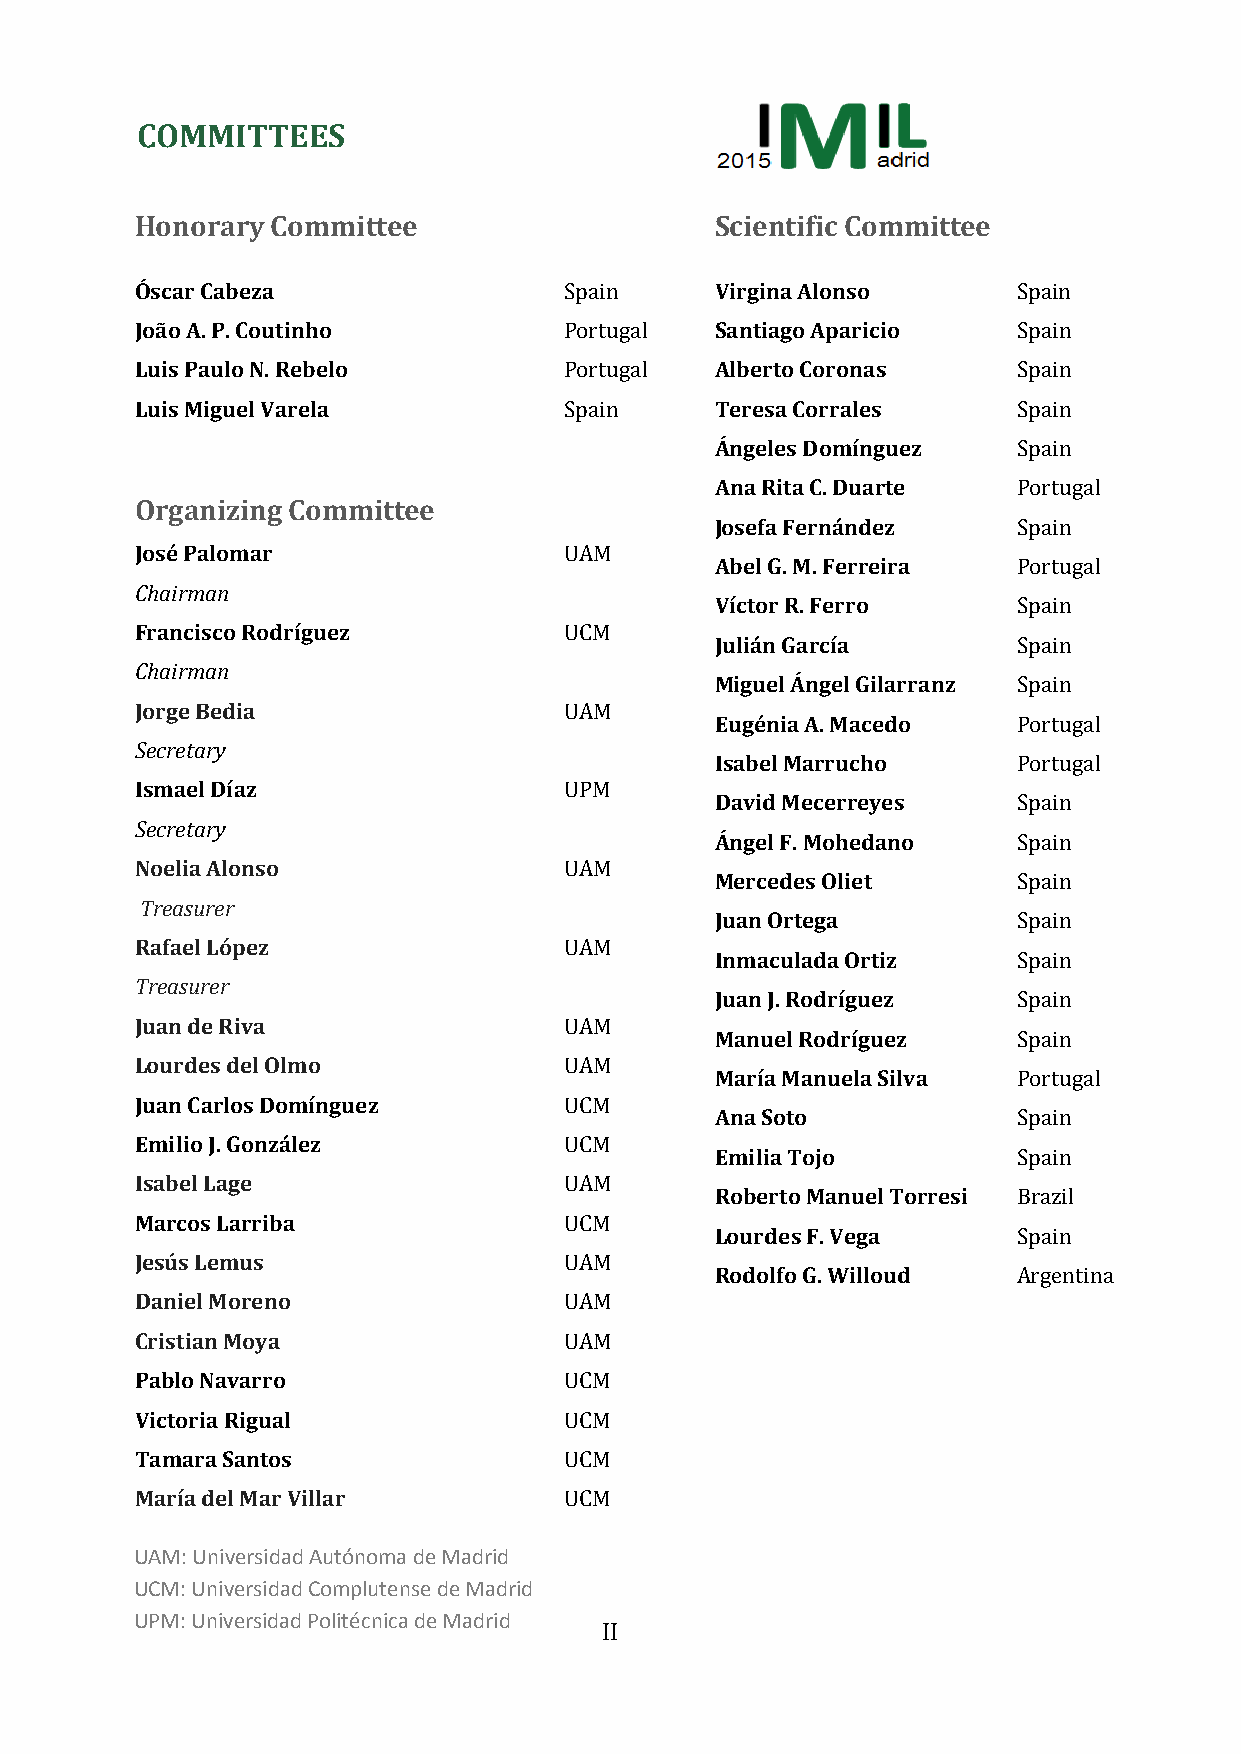
COMMITTEES
 Honorary Committee                    Scientific Committee
 Óscar Cabeza                Spain     Virgina Alonso      Spain
 João A. P. Coutinho         Portugal  Santiago Aparicio   Spain
 Luis Paulo N. Rebelo        Portugal  Alberto Coronas     Spain
 Luis Miguel Varela          Spain     Teresa Corrales     Spain
 Ángeles Domínguez   Spain
 Ana Rita C. Duarte  Portugal
 Organizing Committee
 Josefa Fernández    Spain
 José Palomar                UAM
 Abel G. M. Ferreira Portugal
 Chairman
 Víctor R. Ferro     Spain
 Francisco Rodríguez         UCM
 Julián García       Spain
 Chairman
 Miguel Ángel Gilarranz Spain
 Jorge Bedia                 UAM
 Eugénia A. Macedo   Portugal
 Secretary
 Isabel Marrucho     Portugal
 Ismael Díaz                 UPM
 David Mecerreyes    Spain
 Secretary
 Ángel F. Mohedano   Spain
 Noelia Alonso               UAM
 Mercedes Oliet      Spain
 Treasurer
 Juan Ortega         Spain
 Rafael López                UAM
 Inmaculada Ortiz    Spain
 Treasurer
 Juan J. Rodríguez   Spain
 Juan de Riva                UAM
 Manuel Rodríguez    Spain
 Lourdes del Olmo            UAM
 María Manuela Silva Portugal
 Juan Carlos Domínguez       UCM
 Ana Soto            Spain
 Emilio J. González          UCM
 Emilia Tojo         Spain
 Isabel Lage                 UAM
 Roberto Manuel Torresi Brazil
 Marcos Larriba              UCM
 Lourdes F. Vega     Spain
 Jesús Lemus                 UAM
 Rodolfo G. Willoud  Argentina
 Daniel Moreno               UAM
 Cristian Moya               UAM
 Pablo Navarro               UCM
 Victoria Rigual             UCM
 Tamara Santos               UCM
 María del Mar Villar        UCM
 U AM: Universidad Autónoma de Madrid
 U CM: Universidad Complutense de Madrid
 UPM: Universidad Politécnica de Madrid
 II